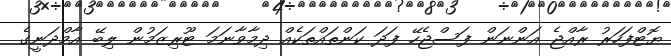
ޔޮޓްފަހަރު ރާއްޖެ އަންނަން ފަސްޖެހޭ ފަދަ ކަންތައްތަކެއް ދިމާވާނަމަ ޓޫރިޒަމުން ލިބޭ އާމްދަނީގެ